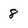
Character: 8